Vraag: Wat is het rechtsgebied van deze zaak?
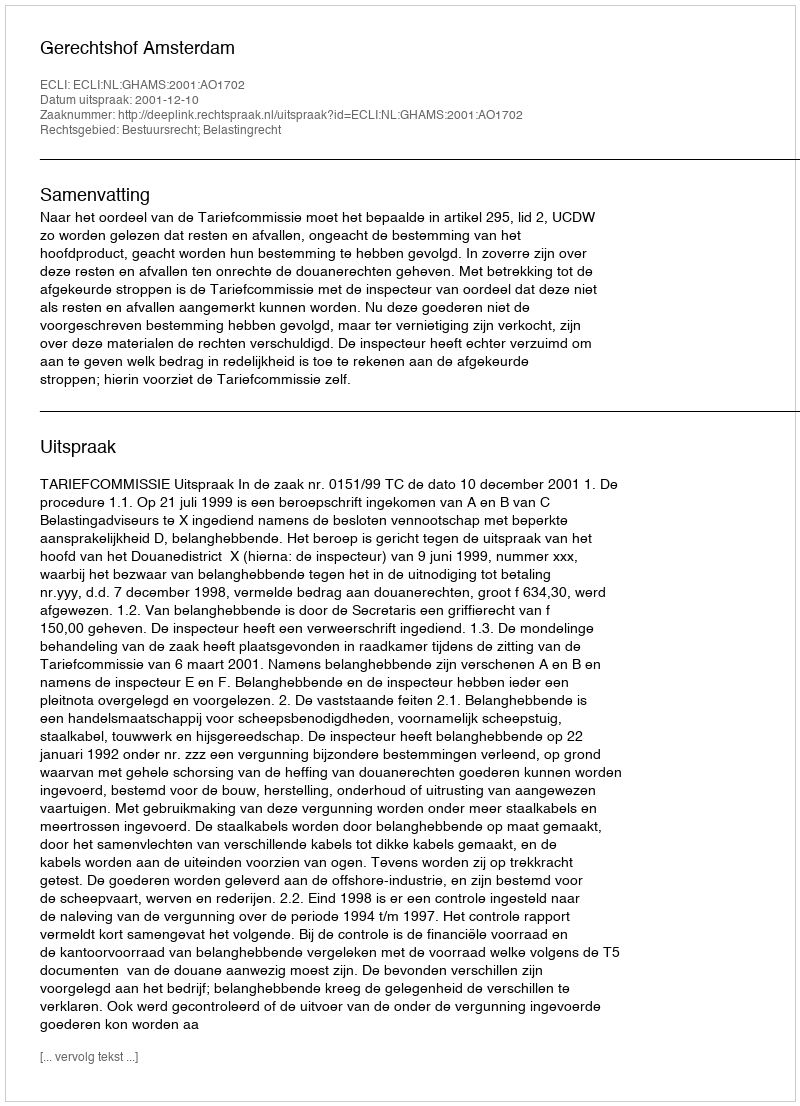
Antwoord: Bestuursrecht; Belastingrecht